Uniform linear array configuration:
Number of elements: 64
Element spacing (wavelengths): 0.5
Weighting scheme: blackman
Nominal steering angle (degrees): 15
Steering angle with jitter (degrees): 13.11
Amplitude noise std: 0.05
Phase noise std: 0.05

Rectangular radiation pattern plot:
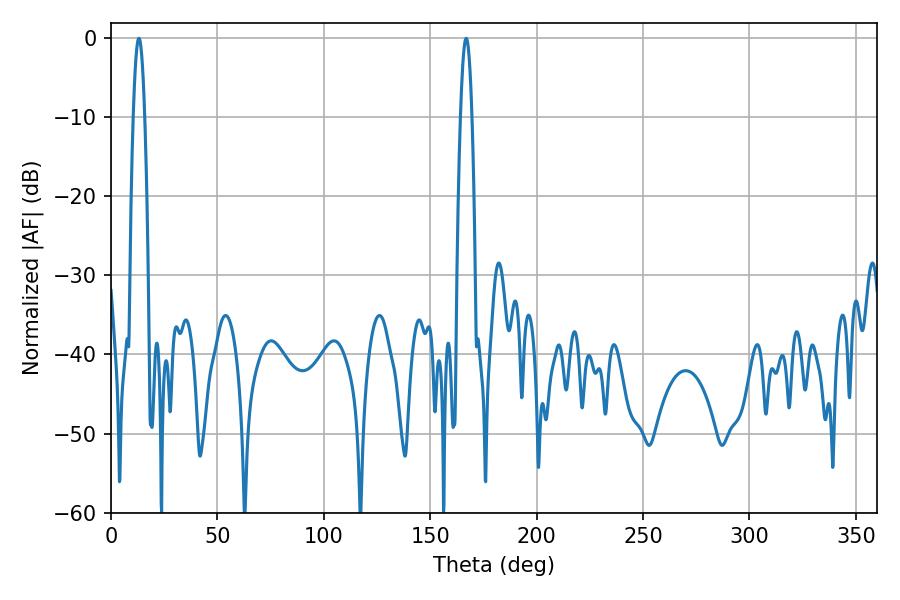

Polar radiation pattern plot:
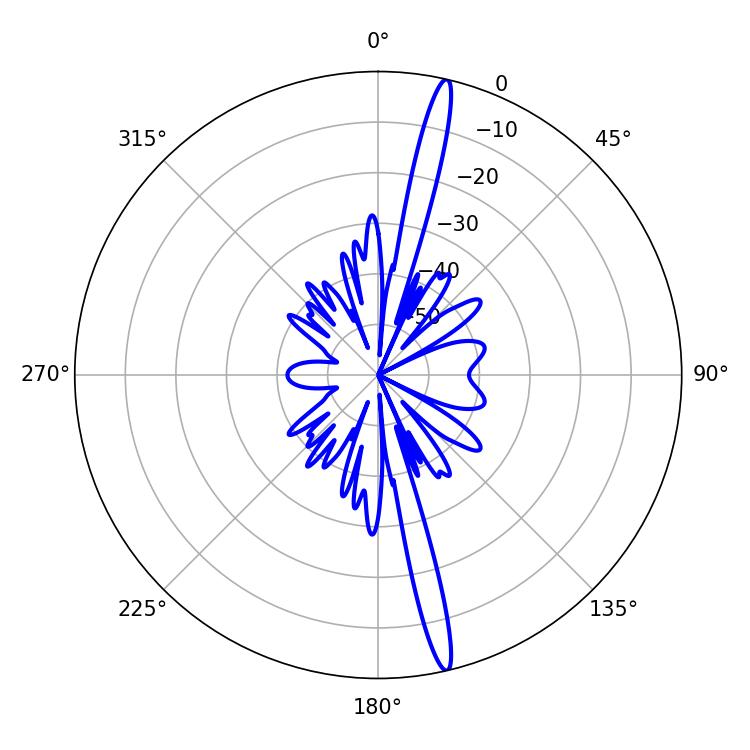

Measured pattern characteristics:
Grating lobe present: FALSE
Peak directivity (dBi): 18.926
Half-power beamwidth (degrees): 2.88
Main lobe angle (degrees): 13.14